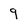
Character: 9